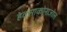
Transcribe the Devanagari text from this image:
हेक्‍साकोनाजोल